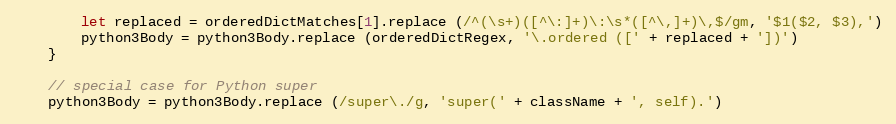
Language: JavaScript
        let replaced = orderedDictMatches[1].replace (/^(\s+)([^\:]+)\:\s*([^\,]+)\,$/gm, '$1($2, $3),')
        python3Body = python3Body.replace (orderedDictRegex, '\.ordered ([' + replaced + '])')
    }

    // special case for Python super
    python3Body = python3Body.replace (/super\./g, 'super(' + className + ', self).')